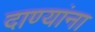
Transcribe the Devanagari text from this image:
दाण्यांना